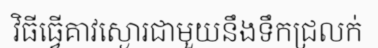
វិធីធ្វើគាវស្ងោរជាមួយនឹងទឹកជ្រលក់